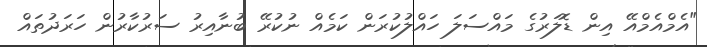
"އެމްއެމްއޭ އިން ޑޮލަރުގެ މައްސަލަ ހައްލުކުރަން ކަމެއް ނުކުރޭ ބުނާއިރު ސަރުކާރުން ހަރަދުތައް